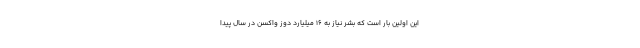
این اولین بار است که بشر نیاز به ۱۶ میلیارد دوز واکسن در سال پیدا